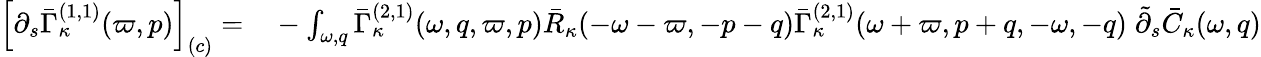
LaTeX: \begin{array}{rl}{\left[\partial_{s}\bar{\Gamma}_{\kappa}^{(1,1)}(\varpi,p)\right]_{(c)}=}&{{}-\int_{\omega,q}\bar{\Gamma}_{\kappa}^{(2,1)}(\omega,q,\varpi,p)\bar{R}_{\kappa}(-\omega-\varpi,-p-q)\bar{\Gamma}_{\kappa}^{(2,1)}(\omega+\varpi,p+q,-\omega,-q)\; \tilde{\partial}_{s}\bar{C}_{\kappa}(\omega,q)}\end{array}